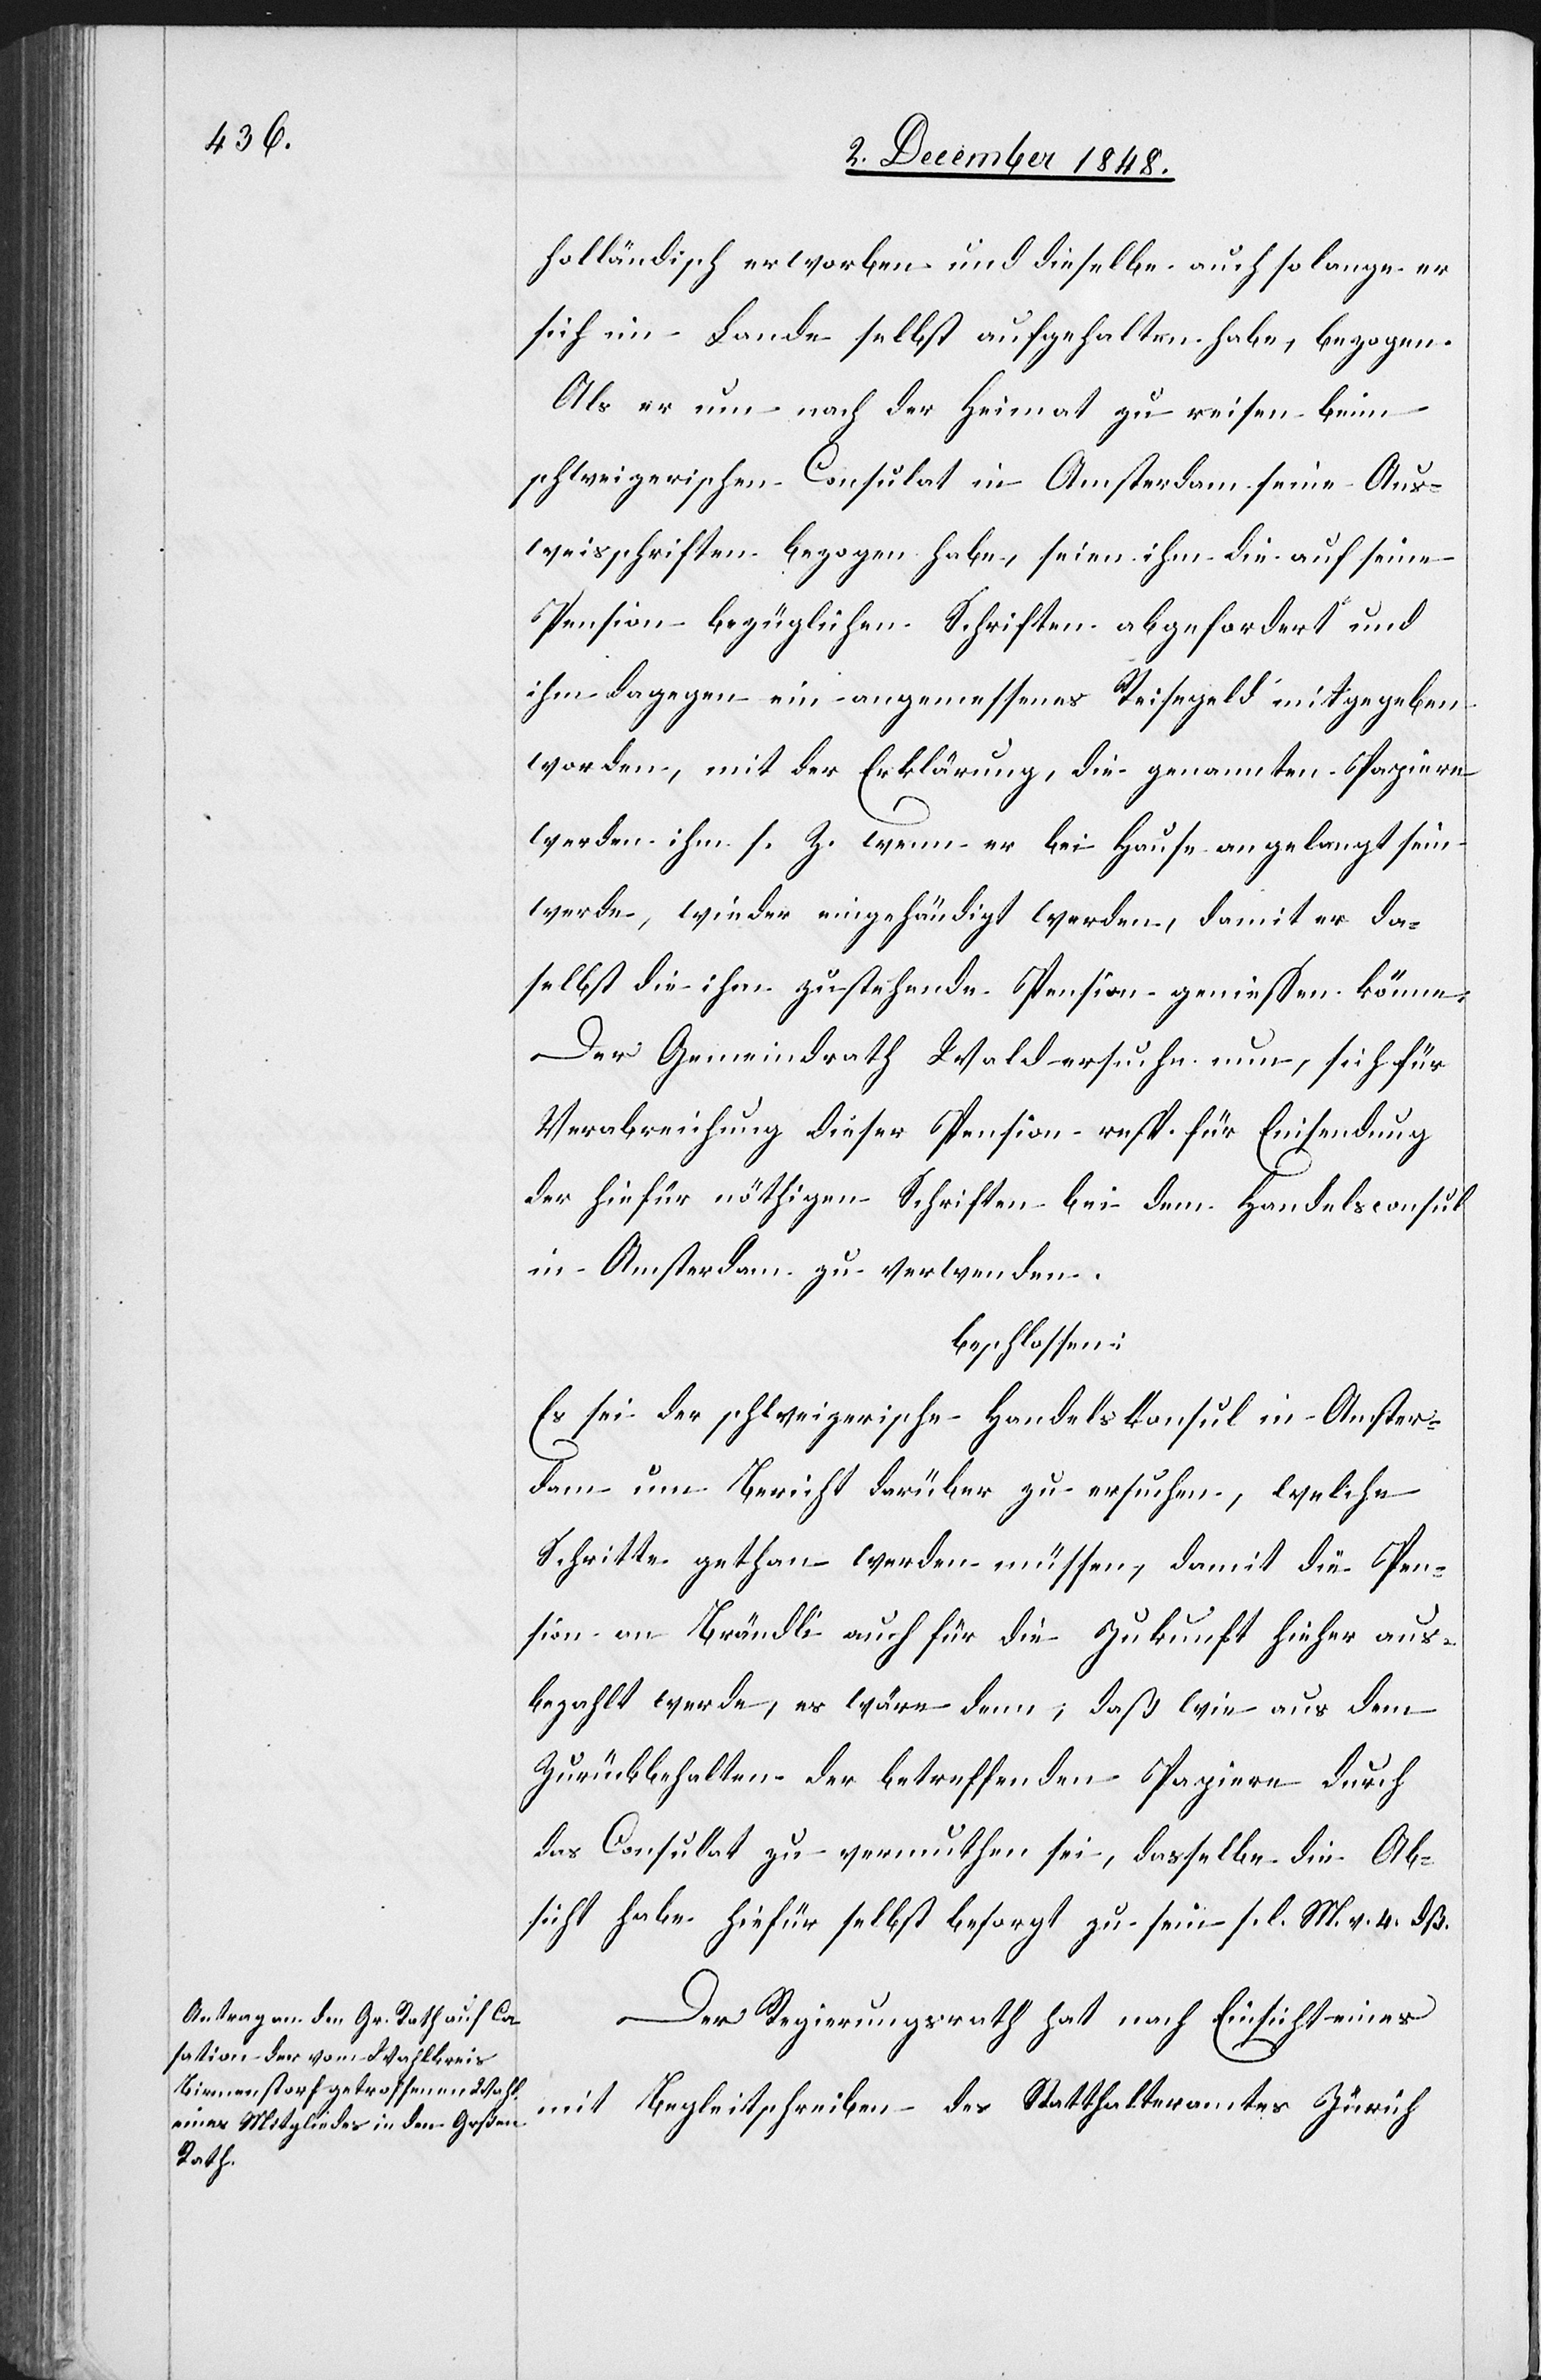
holländisch erworben und dieselbe auch so lange er
sich im Lande selbst aufgehalten habe, bezogen.
Als er um nach der Heimat zu reisen beim
schweizerischen Consulat in Amsterdam seine Aus¬
weisschriften bezogen habe, seien ihm die auf seine
Pension bezüglichen Schriften abgefordert und
ihm dagegen ein angemessenes Reisegeld mitgegeben
worden, mit der Erklärung, die genannten Papiere
werden ihm s. Z. wenn er bei Hause angelangt sein
werde, wieder eingehändigt werden, damit er da¬
selbst die ihm zustehende Pension geniessen könne.
Der Gemeindrath Wald ersuche nun, sich für
Verabreichung dieser Pension resp. für Einsendung
der hiefür nöthigen Schriften bei dem Handelsconsul
in Amsterdam zu verwenden.
beschlossen:
Es sei der schweizerische Handelskonsul in Amster¬
dam um Bericht darüber zu ersuchen, welche
Schritte gethan werden müssen, damit die Pen¬
sion an Brändli auch für die Zukunft hieher aus¬
bezahlt werde, es wäre denn, daß wie aus dem
Zurückbehalten der betreffenden Papiere durch
das Consulat zu vermuthen sei, dasselbe die Ab¬
sicht habe hiefür selbst besorgt zu sein [l. M. v. 4. dß.]
Der Regierungsrath hat nach Einsicht eines
mit Begleitschreiben des Statthalteramtes Zürich